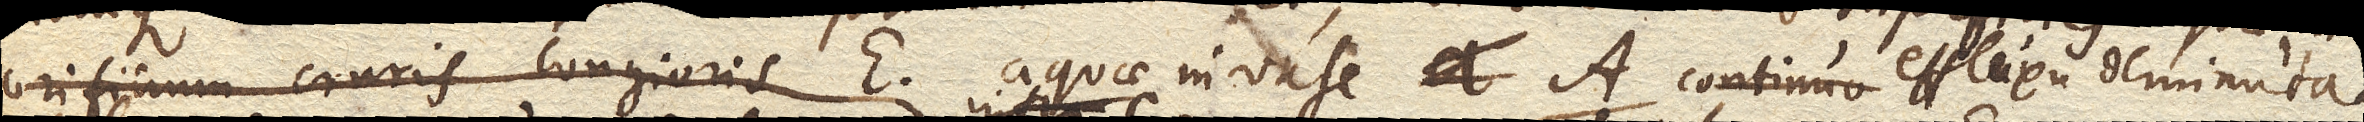
orificium cruris longioris E. aquae in vase A. continuo effluxu deminuta